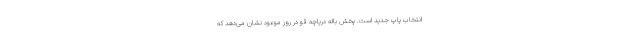
انتخاب پاپ جدید است. پخش باله دریاچه قو در روز موعود نشان می‌دهد که